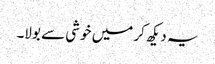
یہ دیکھ کر میں خوشی سے بولا۔